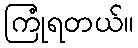
ကြုံရတယ်။